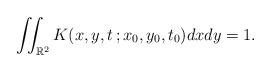
LaTeX: \begin{align*}\iint_{\mathbb{R}^2}K(x,y,t\,;x_0,y_0,t_0) dxdy=1.\end{align*}